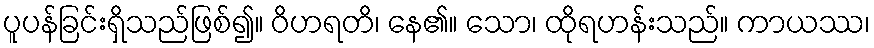
ပူပန်ခြင်းရှိသည်ဖြစ်၍။ ဝိဟရတိ၊ နေ၏။ သော၊ ထိုရဟန်းသည်။ ကာယဿ၊